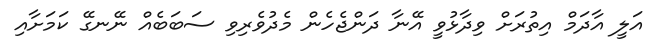
އަލީ އާދަމް އިތުރަށް ވިދާޅުވީ އޭނާ ދަންޖެހެން މެދުވެރިވި ސަބަބެއް ނޭނގޭ ކަމަށާއި